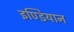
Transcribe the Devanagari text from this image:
इण्डियान